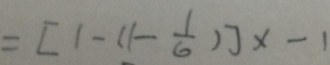
= [ 1 - ( 1 - \frac { 1 } { 6 } ) ] x - 1